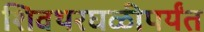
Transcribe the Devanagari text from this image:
शिवथरघळीपर्यंत